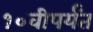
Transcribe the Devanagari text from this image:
१०वीपर्यंत